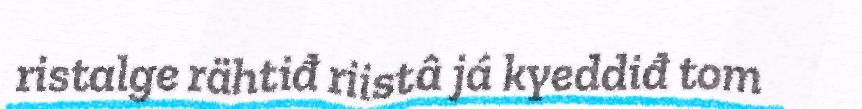
ristalge rähtiđ riistâ já kyeddiđ tom